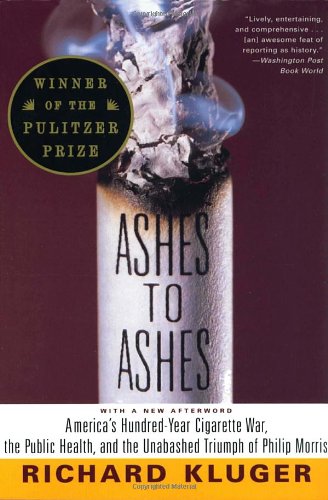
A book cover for Ashes to Ashes: America's Hundred-Year Cigarette War, the Public Health, and the Unabashed Triumph of Philip Morris; Richard Kluger; Health, Fitness & Dieting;